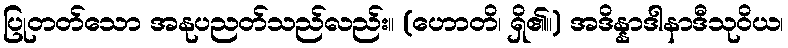
ပြုတတ်သော အနုပညတ်သည်လည်း။ (ဟောတိ၊ ရှိ၏။) အဒိန္နာဒါနာဒီသုဝိယ၊